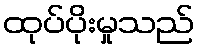
ထုပ်ပိုးမှုသည်